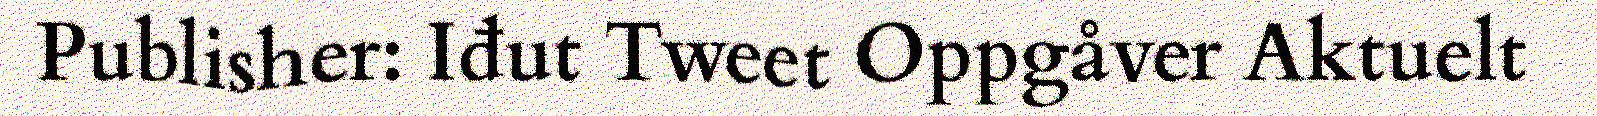
Publisher: Iđut Tweet Oppgåver Aktuelt